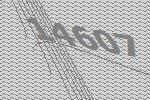
14607